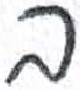
אות: ב